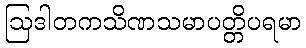
ဩဒါတကသိဏသမာပတ္တိပရမာ